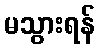
မသွားရန်